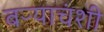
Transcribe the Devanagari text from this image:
बऱ्याचंशी